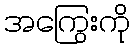
အကြွေးကို